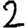
Digit: 2